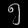
Digit: ၅